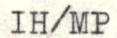
IH/MP